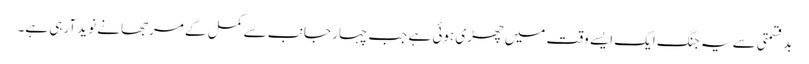
بدقسمتی سے یہ جنگ ایک ایسے وقت میں چھڑی ہوئی ہے جب چہار جانب سے کمل کے مرجھانے نوید آرہی ہے۔